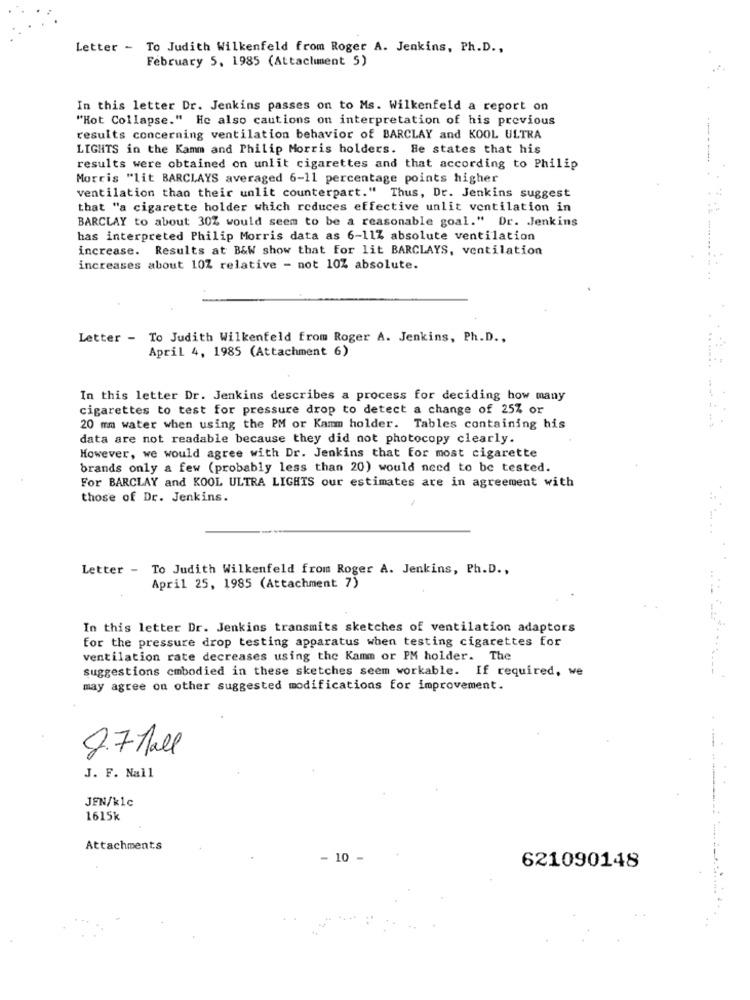
Letter - To Judith Wilkenfeld from Roger A. Jenkins, Ph.D .,
February 5, 1985 (Attachment 5)
In this letter Dr. Jenkins passes on to Ms. Wilkenfeld a report on
"Hot Collapse." He also cautions on interpretation of his previous
results concerning ventilation behavior of BARCLAY and KOOL ULTRA
LIGHTS in the Kamm and Philip Morris holders. Be states that his
results were obtained on unlit cigarettes and that according to Philip
Morris "lit BARCLAYS averaged 6-11 percentage points higher
ventilation than their unlit counterpart." Thus, Dr. Jenkins suggest
that "a cigarette holder which reduces effective unlit ventilation in
BARCLAY to about 30% would seem to be a reasonable goal." Dr. Jenkins
has interpreted Philip Morris data as 6-11% absolute ventilation
increase. Results at B&W show that for lit BARCLAYS, ventilation
increases about 10Z relative - not 10% absolute.
Letter - To Judith Wilkenfeld from Roger A. Jenkins, Ph.D .,
April 4, 1985 (Attachment 6)
In this letter Dr. Jenkins describes a process for deciding how many
cigarettes to test for pressure drop to detect a change of 25% or
20 mm water when using the PM or Kamm holder. Tables containing his
data are not readable because they did not photocopy clearly.
However, we would agree with Dr. Jenkins that for most cigarette
brands only a few (probably less than 20) would need to be tested.
For BARCLAY and KOOL ULTRA LIGHTS our estimates are in agreement with
those of Dr. Jenkins.
Letter - To Judith Wilkenfeld from Roger A. Jenkins, Ph.D .,
April 25, 1985 (Attachment 7)
In this letter Dr. Jenkins transmits sketches of ventilation adaptors
for the pressure drop testing apparatus when testing cigarettes for
ventilation rate decreases using the Kamm or PM holder. The
suggestions cmbodied in these sketches seem workable. If required, we
may agree on other suggested modifications for improvement.
2.7 Hall
J. F. Nall
JFN/k1c
1615k
Attachments
- 10
621090148